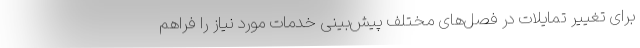
برای تغییر تمایلات در فصل‌های مختلف پیش‌بینی خدمات مورد نیاز را فراهم